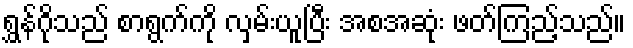
ရွှန်ဂိုသည် စာရွက်ကို လှမ်းယူပြီး အစအဆုံး ဖတ်ကြည့်သည်။